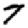
Digit: 7